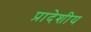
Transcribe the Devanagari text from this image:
प्रादेशीय